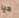
ديا